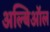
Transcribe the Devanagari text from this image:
अल्बिऑल